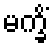
မက္ခိံ